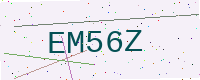
Text: EM56Z